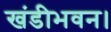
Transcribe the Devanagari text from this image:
खंडीभवन।